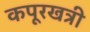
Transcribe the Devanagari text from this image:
कपूरखत्री